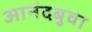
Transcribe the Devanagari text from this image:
आनंदबुवा